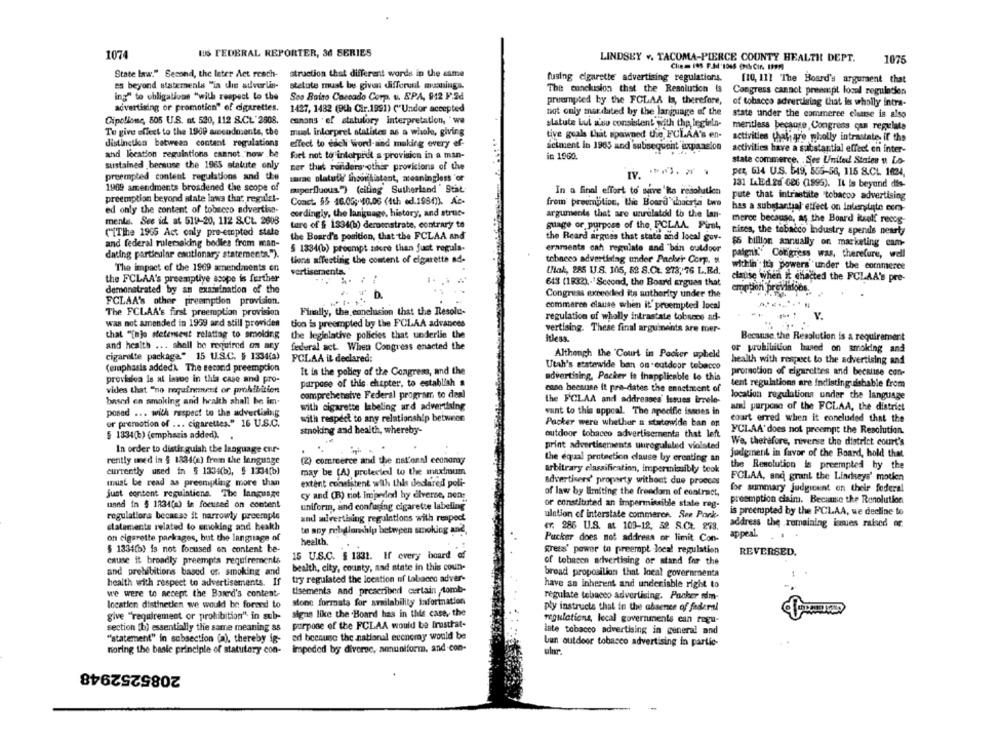
IUS FEDERAL REPORTER, 36 SERIES
1074
LINDSEY v. TACOMA-PIERCE COUNTY HEALTH DEPT.
1075
State law." Second, the leter Act reach-
struction that different words in the same
fusing cigarette advertising regulations.
[10, 111 'The Board's arguraent that
es beyond statements "in die adverlis-
stetute must be given differenl mumnings.
The conclusion that the Resolution Is
ing" to obligations "with respect to the
Sos Boito Caccado Corp. v. EPA, 912 F.2d
Congress cannot preen:pl local regulation
pruempted by the FCLAA Is, therefore, of tobacco advertising that is wholly intra-
advertising or promotion" of cigarettes.
1427, 1482 (9th Cir.1991) ("Undor accepted
not only mardated by the language of the
state under the commerce eluuse is also
Cipollone, 805 U.S. at 520, 112 8.CL' 2508.
canans . ef statutory interpretation, 'wa
statute Lul wsv consistent with the legisla-
meritless because, Congress can regulate
To give effect to the 1900 avecodments, the
muel interpret statistes as a whole, giving
tive goals that spawned the FCLAA's en-
activities that are wholly intrastate, if the
distinction between content regulations
effect to each Word-and making every ef-
actment in 1965 and subsequent expansion
activities have a substantial effect en inter-
and location regulations cannot."now .be
foet not to interpret a provision in a man-
in 1960.
state commerce. . Ses United States o Lo-
sustained bersuse the 1965 statute only
ner that runders other provisions of the
per, 614 U.S. 519, 565-56, 115 S.CL 1624,
preempted content regulations and the
sarac olatute Inoouilistant, meaningless 'or
131 LAEd.20 606 (1995). It is beyond dis-
1969 amendments broadened the scope of
miperfluous.") (citing Sutherland ' Stat
In a final effort to save'its resolution
preemption beyond state laws that regulel-
Coact. 55 46.05;10.06 (4th ed.1980)). Ae-
pute that intrastilte "tobacco advertising
from preemption, the Board thacrta two
has a substantial effect on interstate ecm-
ed only the content of tobacco advertise-
cordingly, the language, history, and struc-
arguments that are unrelated to the lan-
mente, See id at 519-20, 112 S.CL. 2608
merce because, as the Board itself recog-
tare of § 1334(b) demonstrate, contrary to
guage or purpose of the, FCLAA. First,
tires, the tobacco Industry spends nearly
("ITlhe 1965 Act only pre-empted state
the Board's pourition, that the FCLAA and
the Reard argues that state and local gov-
and federal rulemaking bodies from man-
$6 billion annually on marketing cam-
§ 1334(b) preempt tere than just regula-
eraments cah regulate and "bin outdoor
dating particular cautionary statements.").
tiens affecting the content of cigarette ad-
tebneco advertidag under Packer Corp.
paigna. Coligress was, therefore, well
The impact of the 1969 amendments on
within its powers under the commerce
vertiseraents."
Ulak, 285 U.S. 105, 52 8.Ct. 273, 76 L.R.d.
the FCLAA's preemptive scope is further
643 (1832) .- "Second, the Board argues that
clause when it chacted the FCLAA's pre-
demonstrated by an examination of the
emption previalobs.
D.
Congress exceeded its anthority under the
FCLAA's other preemption provision.
commerce clause when it' preempted local
Finally, the conclusion that the Resole-
The FCLAA's first preemption provision
regulation of wholly intrastate tobseco ad-
V.
was not amended in 1999 and still provides
tion is preempted by the FCLAA advances
that "[nje stetensent relating to smelding
the legislative policies that underlie the
vertising. These final arguinents are mer-
Itless.
Because the Resolution is a requirement
and health ... shall be required on any
federal act. When Congress enacted the
cigarette package" 15 U.S.C. § 1334(a)
Although the 'Court in Packer upheld
or prohibitfun based on smoking and
PCLAA it declared:
health with respect to the advertising and
(emphasis added). The second preemption
It is the pobley of the Congress, and the
Utah's statewide ban on outdoor tobacco
promotion of cigarettes and because con-
provisioa le al issue in this case and pro-
advertising, Packer is Inapplicable to this
purpose of this chapter, to establish a
tent regulations are Indistinguishable from
vides that "no requirement or prohibition
comprehensive Federal program to deal
case beesuse it pra-dates the ennetmont of
based en smoking and health shall be in-
the FCLAA and addresses Issues irrele-
location regulations under the language
with cigarette labeling and advertising
aand purpose of the FCLAA, the district
posad ... with respect to the advertising
want to this appeal. The specific issues in
or promotion of ... cigarettes." 16 U.S.C.
with respect to any relationship between
Packer were whether a statowide ban on
court erred when it concluded that the
stnoking and health, whereby-
FCLAA' does not preempt the Resolution.
§ 1334(6) (emphasis added).
outdoor tobacco advertisementa that left
print advertisements unregulated violsted
We. therefore, reverse the district court's
In order to distinguish the language eur-
rently used in § 1334(a) frem the language
(2) commerce and the national economy
the equal protection clause by creating an
judgment in favor of the Board, hold that
the Resolution is preempted by the
currently used in $ 1334(b), $ 1334[b)
may be (A) protected to the maximum
arbitrary classification, impermizibly book
must be read as preempling more than
extent consistent with this dedared poli-
advertisers' proparty without due procces
FCLAA, and grant the Lindseys' motken
for summary judgicent on their federal
just content requintiene. The language
cy and (B) not impeded hy diverse, nen:
of law by limiting the freedom of contract,
used in $ 1234(a) in focused on content
uniformn, and confusing cigarette labeling"
or constituted an impermissible state rog-
preemption cisim. Because the Runolution
is preempted by the FCLAA, we decline to
regulations because it narrowly preemple
and advertising regulations with respect
ulation of interstate commerce. See Pork-
statements related to smoking and beakh
ET: 286 U.S. at 109-12, 32 S.CL. 278.
address the remaining ianes raised or
te any rebeloichip between smoking and
appeal.
on cigarette packages, but the language of
health
Pucker does not address or limit Con-
$ 1334(b) is not focused on content be-
gress' power to preempt local regulation
15 U.S.C. § 1831. If every board of
REVERSED.
cause it broadly preempts requirements
of tobacen advertising or stand for the
and prohibitions based on smoking and
bealth, city, county, and state in this coun-
try regulated the location of tobacco adver-
bread proposilion that local governmenta
health with respect to advertisements. If
have an inherent and undeniable right to
we were to accept the Bound's content-
tisements and prescribed certain tomb-
stone formats for availability information
regulate tobacco advertising. Pocker sim-
locatien distinetien we would be forand to
ply instructs that in the absence of federal
give "requirement or prohibition" in sub-
signs like the Board has in this case, the
purpose of the FCLAA would be frustrat-
regulations, local governments can rogu-
section [b) essentially the same meaning as
late tobacco advertising in general and
"statement" in subsection (a), thereby ig-
ed because the national economy would be
Lan outdoor tobacco advertising in partic-
noring the basic principle of statutory con-
Impeded by diverse, amuniform, and.con-
ulne
2085252948